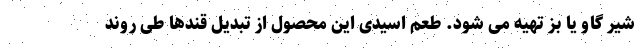
شیر گاو یا بز تهیه می شود. طعم اسیدی این محصول از تبدیل قندها طی روند